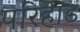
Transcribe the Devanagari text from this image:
परिहाड